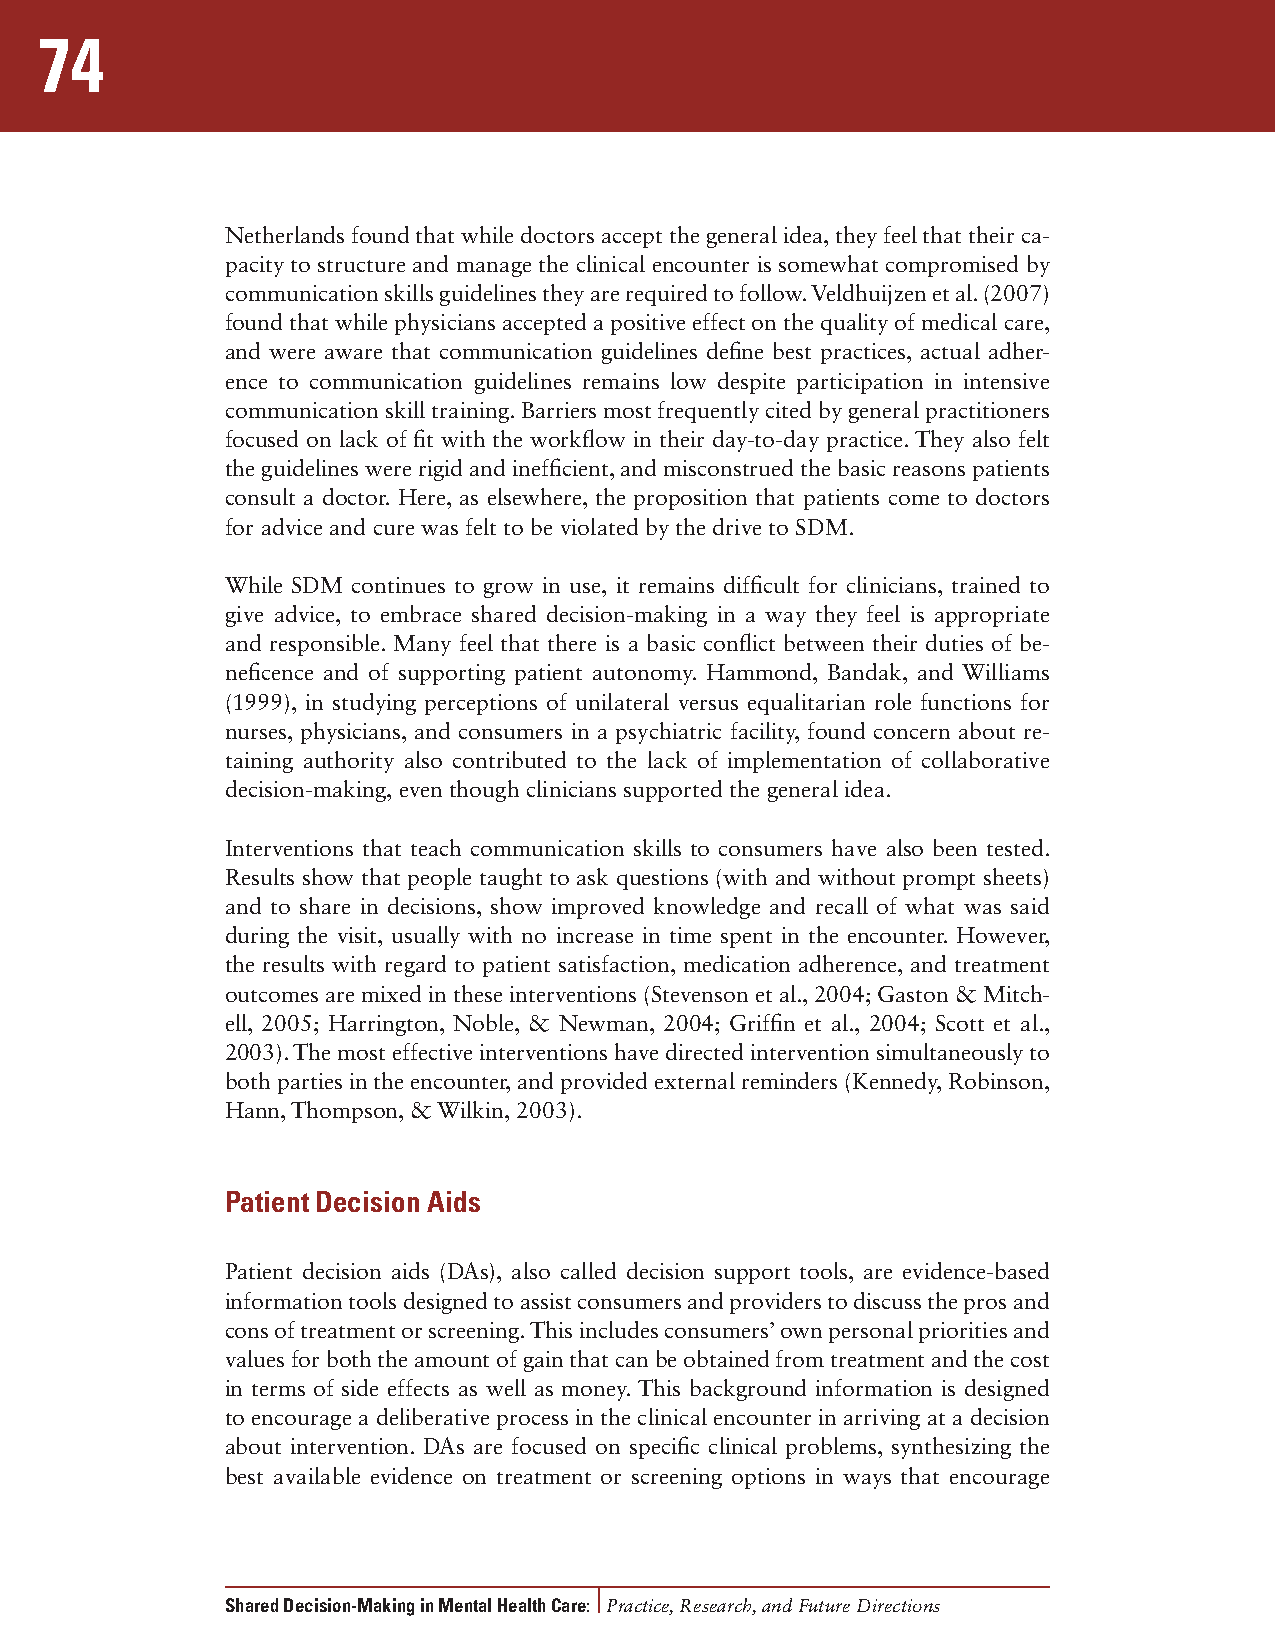
74
 Netherlands found that while doctors accept the general idea, they feel that their ca-
 pacity to structure and manage the clinical encounter is somewhat compromised by
 communication skills guidelines they are required to follow. Veldhuijzen et al. (2007)
 found that while physicians accepted a positive effect on the quality of medical care,
 and were aware that communication guidelines define best practices, actual adher-
 ence to communication guidelines remains low despite participation in intensive
 communication skill training. Barriers most frequently cited by general practitioners
 focused on lack of fit with the workflow in their day-to-day practice. They also felt
 the guidelines were rigid and inefficient, and misconstrued the basic reasons patients
 consult a doctor. Here, as elsewhere, the proposition that patients come to doctors
 for advice and cure was felt to be violated by the drive to SDM.
 While SDM continues to grow in use, it remains difficult for clinicians, trained to
 give advice, to embrace shared decision-making in a way they feel is appropriate
 and responsible. Many feel that there is a basic conflict between their duties of be-
 neficence and of supporting patient autonomy. Hammond, Bandak, and Williams
 (1999), in studying perceptions of unilateral versus equalitarian role functions for
 nurses, physicians, and consumers in a psychiatric facility, found concern about re-
 taining authority also contributed to the lack of implementation of collaborative
 decision-making, even though clinicians supported the general idea.
 Interventions that teach communication skills to consumers have also been tested.
 Results show that people taught to ask questions (with and without prompt sheets)
 and to share in decisions, show improved knowledge and recall of what was said
 during the visit, usually with no increase in time spent in the encounter. However,
 the results with regard to patient satisfaction, medication adherence, and treatment
 outcomes are mixed in these interventions (Stevenson et al., 2004; Gaston & Mitch-
 ell, 2005; Harrington, Noble, & Newman, 2004; Griffin et al., 2004; Scott et al.,
 2003). The most effective interventions have directed intervention simultaneously to
 both parties in the encounter, and provided external reminders (Kennedy, Robinson,
 Hann, Thompson, & Wilkin, 2003).
 Patient Decision Aids
 Patient decision aids (DAs), also called decision support tools, are evidence-based
 information tools designed to assist consumers and providers to discuss the pros and
 cons of treatment or screening. This includes consumers’ own personal priorities and
 values for both the amount of gain that can be obtained from treatment and the cost
 in terms of side effects as well as money. This background information is designed
 to encourage a deliberative process in the clinical encounter in arriving at a decision
 about intervention. DAs are focused on specific clinical problems, synthesizing the
 best available evidence on treatment or screening options in ways that encourage
 Shared Decision-Making in Mental Health Care: Practice, Research, and Future Directions